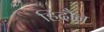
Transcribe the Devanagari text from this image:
हिंदौन